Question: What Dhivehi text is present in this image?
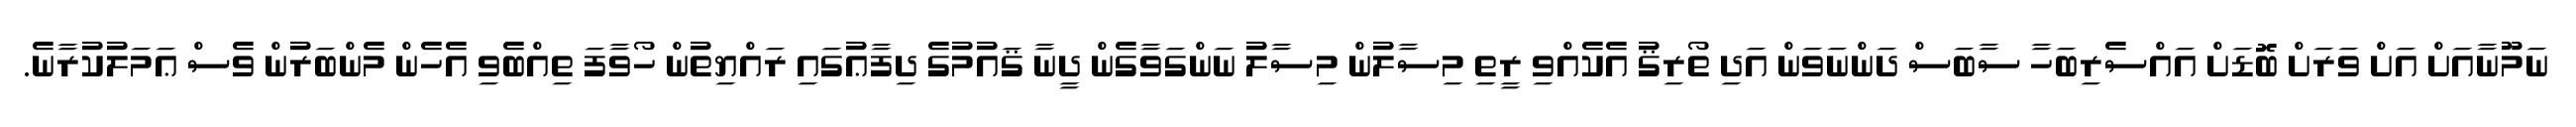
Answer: ނަމޫނާއަށް އަށް ވަރަށް ބޮޑަށް އައްސެރިބަހާ ސާބަސް ދަންނަވަން އަދި ތޯރިޤު އެކެއްވި ރީތި މިސާލުން މިސާލު ނަންގަވާގެން ދީނާ ޤައުމުގެ ދިފާޢުގައި ރައްޔިތުން ހޯވާފަ ތިއްބެވި އެހެން މެންބަރުން ވެސް ޢަމަލުކުރާނެ.